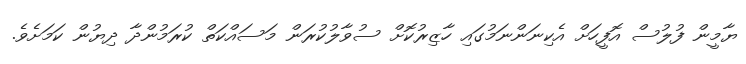
ޔާމީން ފުލުސް އޮފީހަށް އެކިނަންނަމުގައި ހާޒިރުކޮށް ސުވާލުކުރަން މަސައްކަތް ކުރަމުންދާ ދިޔުން ކަމަށެވެ.